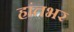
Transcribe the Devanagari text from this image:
हांतभर